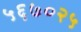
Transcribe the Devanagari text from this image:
५६७०२५